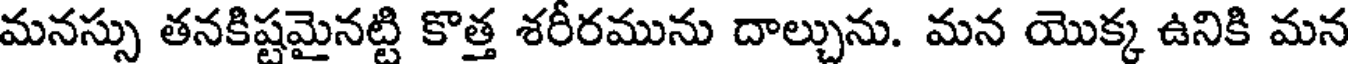
మనస్సు తనకిష్టమైనట్టి కొత్త శరీరమును దాల్చును. మన యొక్క ఉనికి మన